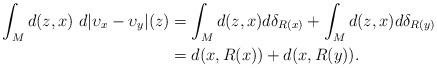
LaTeX: \begin{align*}\int_Md(z,x)\ d|\upsilon_x-\upsilon_y|(z) &= \int_M d(z, x) d \delta_{R(x)} + \int_M d(z, x) d \delta_{R(y)}\\&= d(x, R(x)) + d(x, R(y)).\end{align*}